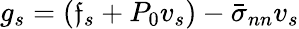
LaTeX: g_{s}=(\mathfrak{f}_{s}+P_{0}v_{s})-\bar{{\sigma}}_{nn}v_{s}